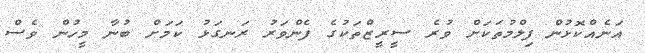
އަނެއްކޮޅުން ފިލްމުތަކަށް ވުރެ ސީރީޒްތަކުގެ ފެންވަރު ރަނގަޅު ކަމަށް ބުނާ މީހުން ވެސް